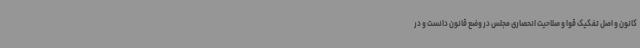
کانون و اصل تفکیک قوا و صلاحیت انحصاری مجلس در وضع قانون دانست و در